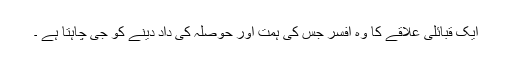
ایک قبائلی علاقے کا وہ افسر جس کی ہمت اور حوصلہ کی داد دینے کو جی چاہتا ہے ۔